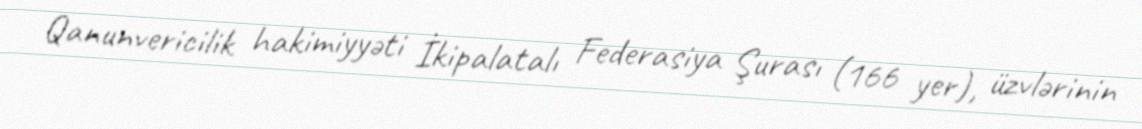
Qanunvericilik hakimiyyəti İkipalatalı Federasiya Şurası (166 yer), üzvlərinin